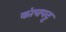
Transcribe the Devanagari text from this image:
कांचपट्ट